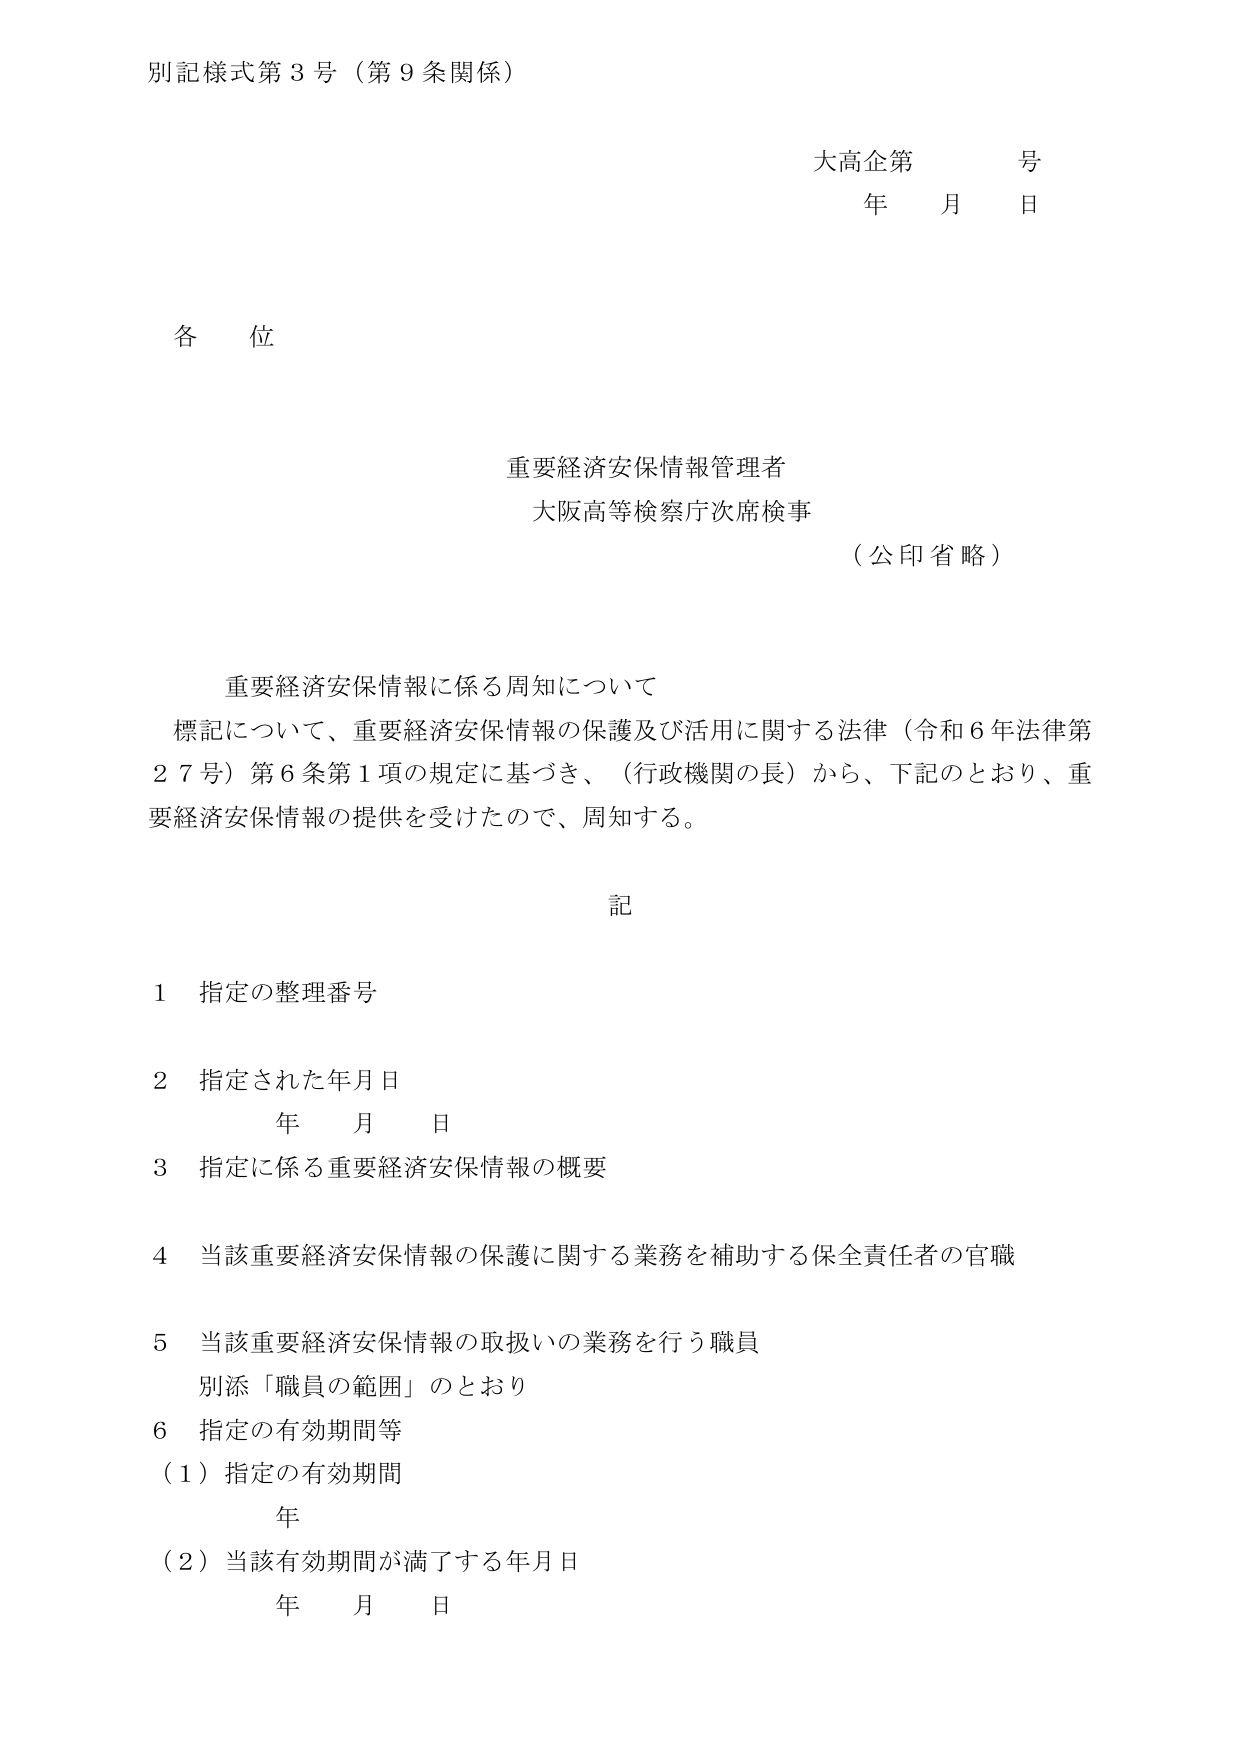
別記様式第３号（第９条関係）

大高企第　　号
年　　月　　日

各位

重要経済安保情報管理者
大阪高等検察庁次席検事
（公印省略）

重要経済安保情報に係る周知について
標記について、重要経済安保情報の保護及び活用に関する法律（令和６年法律第２７号）第６条第１項の規定に基づき、（行政機関の長）から、下記のとおり、重要経済安保情報の提供を受けたので、周知する。

記

１　指定の整理番号

２　指定された年月日
　　　年　　月　　日

３　指定に係る重要経済安保情報の概要

４　当該重要経済安保情報の保護に関する業務を補助する保全責任者の官職

５　当該重要経済安保情報の取扱いの業務を行う職員
　　別添「職員の範囲」のとおり

６　指定の有効期間等
　　（１）指定の有効期間
　　　　　年
　　（２）当該有効期間が満了する年月日
　　　　　年　　月　　日